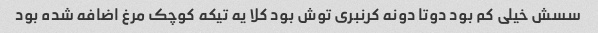
سسش خیلی کم بود دوتا دونه کرنبری توش بود کلا یه تیکه کوچک مرغ اضافه شده بود